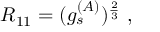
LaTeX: R _ { 1 1 } = ( g _ { s } ^ { ( A ) } ) ^ { \frac { 2 } { 3 } } \ ,